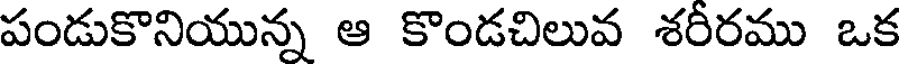
పండుకొనియున్న ఆ కొండచిలువ శరీరము ఒక